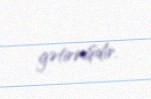
gətirmişdir.